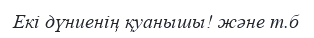
Екі дүниенің қуанышы! және т.б